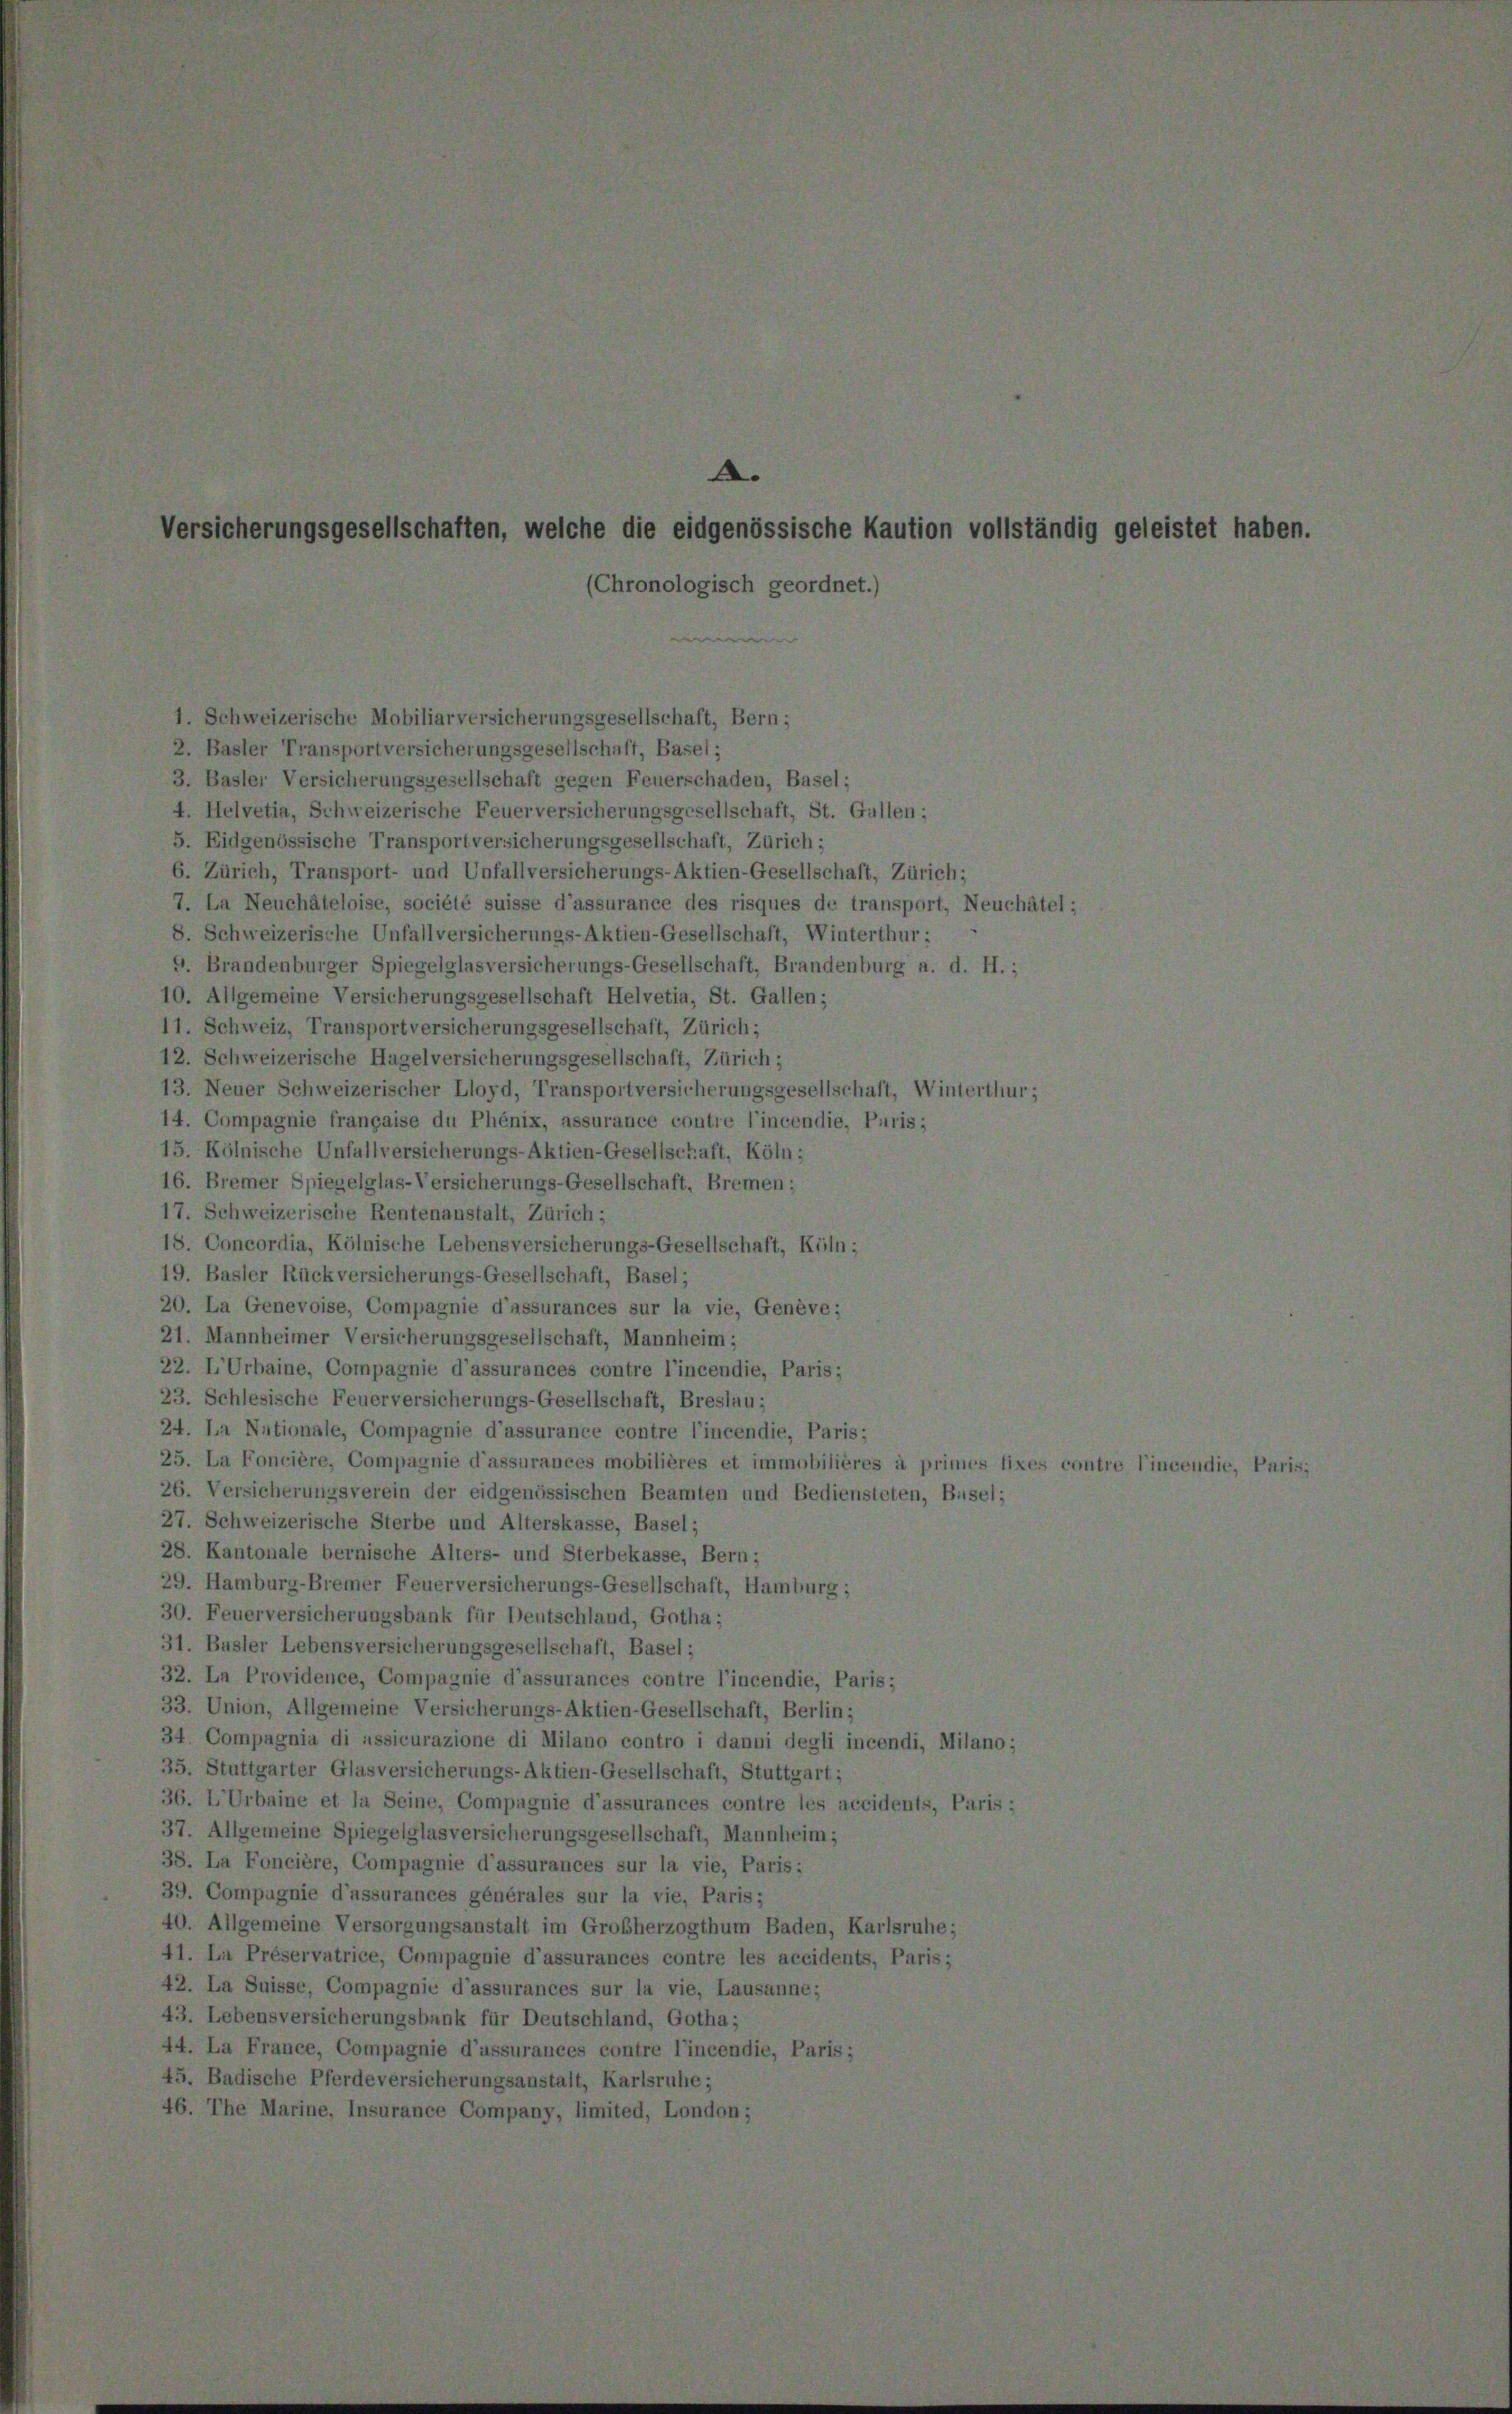
.
ierungsgesellschaften, welche die eidgenössische Kaution vollständig
(Chronologisch geordnet.)

1. Schweizerische Mobiliarversicherungsgesellschaft, Bern;
2. Basler Transportversicherungsgesellschaft, Basel;
3. Basler Versicherungsgesellschaft gegen Feuerschaden, Basel;
4. Helvetia, Schweizerische Feuerversicherungsgesellschaft, St. Gallen;
5. Eidgenössische Transportversicherungsgesellschaft, Zürich;
6. Zürich, Transport- und Unfallversicherungs-Aktien-Gesellschaft, Zürich;
7. La Neuchâteloise, société suisse d’assurance des risques de transport, Neu
8. Schweizerische Unfallversicherungs-Aktien-Gesellschaft, Winterthur;
9. Brandenburger Spiegelglasversicherungs-Gesellschaft, Brandenburg a. d. H.
10. Allgemeine Versicherungsgesellschaft Helvetia, St. Gallen;
11. Schweiz, Transport versicherungsgesellschaft, Zürich;
12. Schweizerische Hagelversicherungsgesellschaft, Zürich;
13. Neuer Schweizerischer Lloyd, Transportversicherungsgesellschaft, Wintertl,
14. Compagnie française du Phénix, assurance contre l’incendie, Puris;
15. Kölnische Unfallversicherungs-Aktien-Gesellschaft, Köln;
16. Bremer Spiegelglas-Versicherungs-Gesellschaft, Bremen;
17. Schweizerische Rentenanstalt, Zürich;
18. Concordia, Kölnische Lebensversicherungs-Gesellschaft, Keln;
19. Basler Rückversicherungs-Gesellschaft, Basel;
20. La Genevoise, Compagnie d’assurances sur la vie, Genève;
21. Mannheimer Versicherungsgesellschaft, Mannheim;
22. L’Urbaine, Compagnie d’assurances contre l’incendie, Paris;
23. Schlesische Feuerversicherungs-Gesellschaft, Breslau;
24. La Nationale, Compagnie d’assurance contre l’incendie, Paris;
25. La Foncière, Compagnie d’assurances mobilières et immobilières à primes 1
26. Versicherungsverein der eidgenössischen Beamten und Bediensteten, Busel,
27. Schweizerische Sterbe und Alterskasse, Basel;
28. Kantonale bernische Alters- und Sterbekasse, Bern;
29. Hamburg-Bremer Feuerversicherungs-Gesellschaft, Hamburg;
30. Feuerversicherungsbank für Deutschland, Gotha;
31. Basler Lebensversicherungsgesellschaft, Basel;
32. In Providence, Compagnie d’assurances contre l’incendie, Paris;
33. Union, Allgemeine Versicherungs-Aktien-Gesellschaft, Berlin;
34. Compagnia di ussicurazione di Milano contro i danni degli incendi, Miland
35. Stuttgarter Glasversicherungs-Aktien-Gesellschaft, Stuttgart;
36. L’Urbaine et la Seine, Compagnie d’assurances contre les accidents, Paris
37. Allgemeine Spiegelglasversicherungsgesellschaft, Mannheim;
38. La Foncière, Compagnie d’assurances sur la vie, Paris;
39. Compagnie d’assurances générales sur la vie, Paris;
40. Allgemeine Versorgungsanstalt im Großherzogthum Baden, Karlsruhe;
41. La Préservatrice, Compagnie d’assurances contre les accidents, Paris;
42. La Suisse, Compagnie d’assurances sur la vie, Lausanne;
43. Lebensversicherungsbank für Deutschland, Gotha;
44. La France, Compagnie d’assurances contre l’incendie, Paris;
45. Badische Pferdeversicherungsanstalt, Karlsruhe;
46. The Marine, Insurance Company, limited, London;

stet